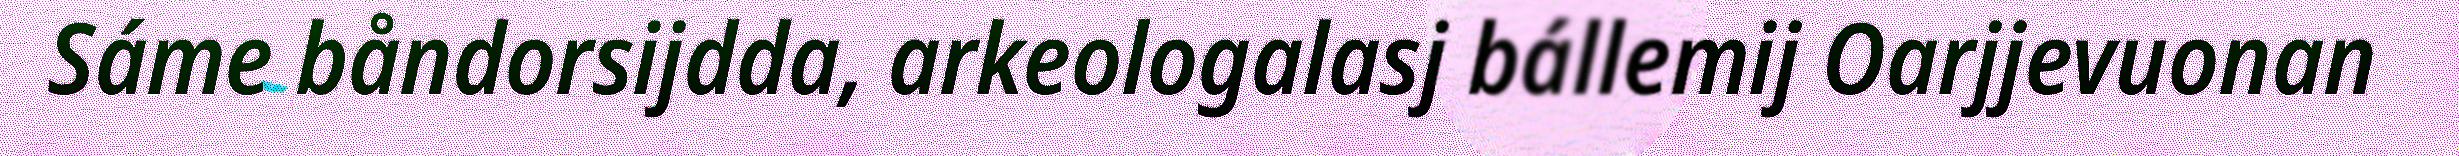
Sáme båndorsijdda, arkeologalasj bállemij Oarjjevuonan